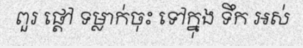
ពួរ ផ្តៅ ទម្លាក់ចុះ ទៅក្នុង ទឹក អស់